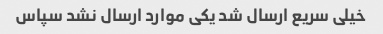
خیلی سریع ارسال شد یکی موارد ارسال نشد سپاس